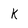
Character: K